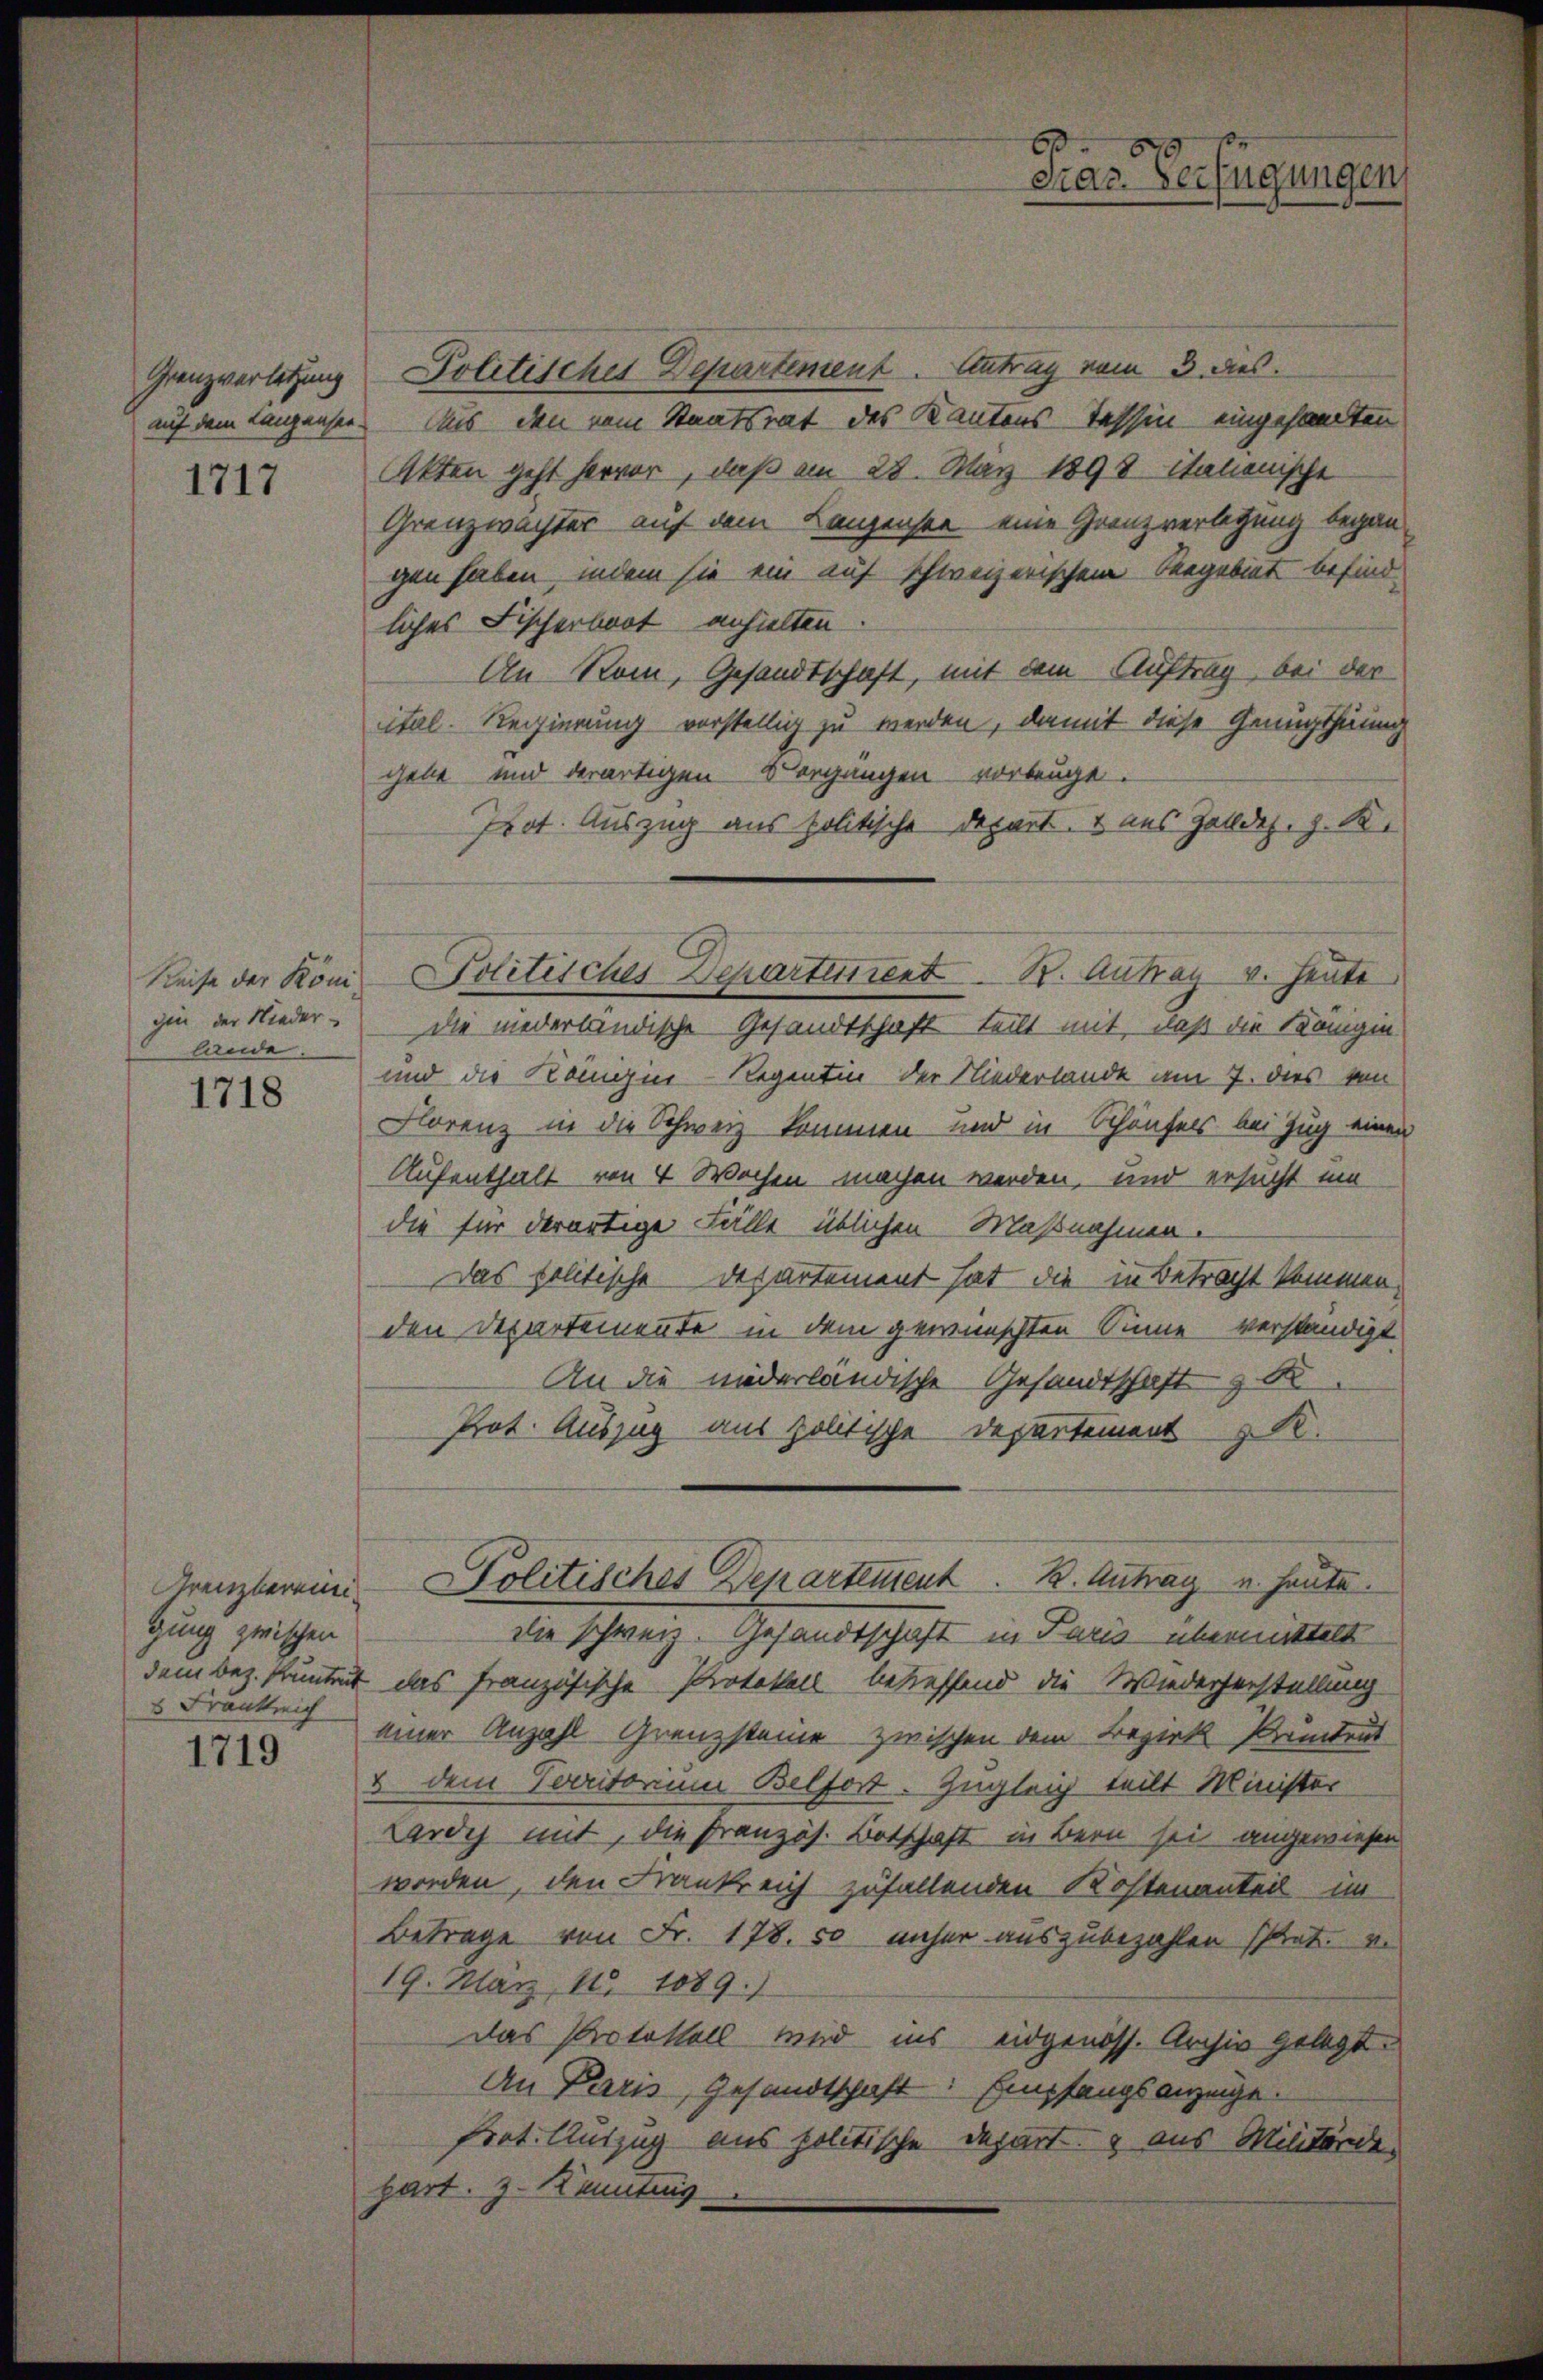
Grenzverletzung

1717

gin der Niederlande.

1718

gung zwischen
3 Frankreich

1719

Politisches Departement. Antrag vom 3. dies
auf dem Langenser Aus den vom Staatsrat des Kantons Tessin eingesandten
Akten geht hervor, daß am 28. März 1898 italienische
Grenzwachter auf dem Lanzensee eine Grenzverlegung began-
gen haben, indem sie ein auf schweizerischen Seegebiet befind
liches Fischerbrot anhielten
An Rom, Gesandtschaft, mit dem Auftrag, bei der
cital. Regierung vorstellig zu werden, damit diese Genugthuung
gebe und derartigen Vorgangen vorbeugt.
Prot. Auszug aus politische Depart. 2 aus Zolldez. z. B.
die niederländische Gesandtschaft teilt mit, daß die Königin
und die Königin-Regentin der Niederlande am 7. dies von
Florenz in die Schweiz kommen und in Schönfels bei Zug einen
Aufenthalt von 4 Wochen machen werden, und ersucht ein
die für derartige Fälle üblichen Maßnahmen.
Das politische Departement hat die in Betracht kommen,
den Departemente in dem gewünschten Sinne verständigt.
An die niderländische Gesandtschaft z. B.
Prot. Auszug aus politische Departement z. B.
Grenzberein. - Politisches Departement. 2. Antrag u. heute.
die schweiz. Gesandtschaft in Paris übermittelt
dem bez. Pruntrut das französische Protokoll betreffend die Wiederherstellung
einer Anzahl Grenzsteine zwischen dem Bezirk Kundent
& dem Verritorium Belfort. Zugleich teilt Minister
Lardys mit, die Französ. Botschaft in Bern sei angewiesen
worden, den Frankreich zufallenden Kostenanteil im
Betrage von Fr. 178. 50 unser auszubezahlen strat. v.
19. März, 185. 1889.)
Das Protokoll und ins eidgenöss. Archiv gelegt
An Paris, Gesandtschaft: Empfangsanzeige.
Prot. Auszug aus politische Depart. 3 aus Militärde
hart. z. Kennting

Reise der Komi Politisches Departement. B. Aufay v. Heute

Fras Verfügungen